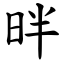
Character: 㫠